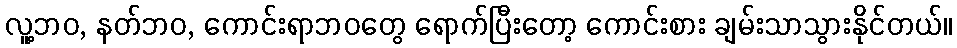
လူ့ဘဝ, နတ်ဘဝ, ကောင်းရာဘဝတွေ ရောက်ပြီးတော့ ကောင်းစား ချမ်းသာသွားနိုင်တယ်။